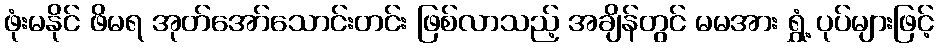
ဖုံးမနိုင် ဖိမရ အုတ်အော်သောင်းတင်း ဖြစ်လာသည့် အချိန်တွင် မမအား ရွှံ့ ပုပ်များဖြင့်